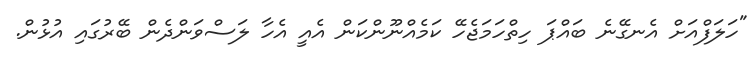
"ހަލަފްއަށް އެނގޭނެ ބައްޕަ ހިތްހަމަޖެހޭ ކަމެއްނޫންކަން އެއީ އެހާ ލަސްވަންދެން ބޭރުގައި އުޅުން.